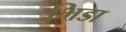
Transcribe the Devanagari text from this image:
भिडा